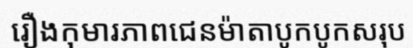
រឿងកុមារភាពជេនម៉ាតាបូកបូកសរុប